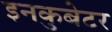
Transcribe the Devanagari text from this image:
इनकुबेटर